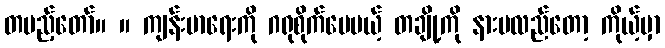
တပည့်တော်။ ။ ကျန်းမာရေးကို ဂရုစိုက်ပေမယ့် တချို့ကို နားမလည်တော့ ကိုယ့်မှာ